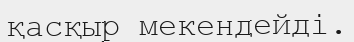
қасқыр мекендейді.